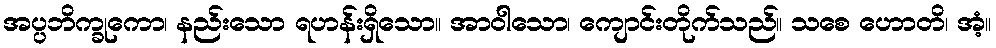
အပ္ပဘိက္ခုကော၊ နည်းသော ရဟန်းရှိသော။ အာဝါသော၊ ကျောင်းတိုက်သည်။ သစေ ဟောတိ၊ အံ့။